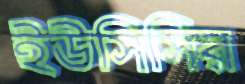
ইউসিসির